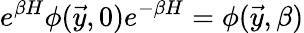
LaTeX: e^{\beta H}\phi(\vec{y},0)e^{-\beta H}=\phi(\vec{y},\beta)